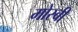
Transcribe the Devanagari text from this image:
मोस्बी